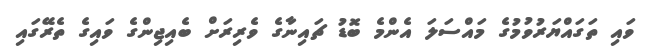
ވައި ތަގައްޔަރުވުމުގެ މައްސަލަ އެންމެ ބޮޑު ޗައިނާގެ ވެރިރަށް ބެއިޖިންގެ ވައިގެ ތެރޭގައި